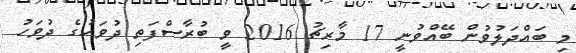
މި ބައްދަލުވުން ބޭއްވުނީ 17 މާރިޗު 2016 ވީ ބުރާސްފަތި ދުވަހުގެ ދުވަހު